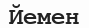
Йемен